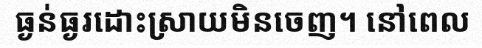
ធ្ងន់ធ្ងរដោះស្រាយមិនចេញ។ នៅពេល